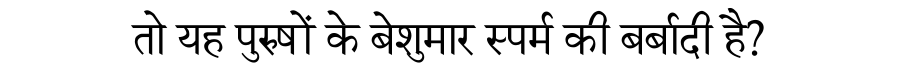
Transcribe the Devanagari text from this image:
तो यह पुरुषों के बेशुमार स्पर्म की बर्बादी है?